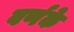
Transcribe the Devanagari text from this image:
वर्णके